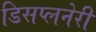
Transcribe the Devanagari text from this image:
डिसप्लनेरी